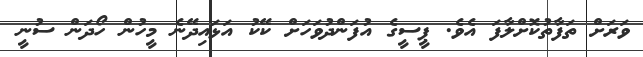
ވަރަށް ތަފާތުކޮށްލާފަ އެވެ. ޕީސީގެ އުފަންދުވަހަށް ކޭކު އަޅައިދޭނެ މީހުން ހޯދަން ސުނީ